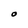
Character: O